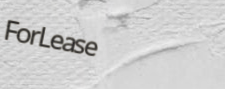
ForLease